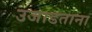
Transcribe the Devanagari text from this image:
उजाडताना